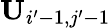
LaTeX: \mathbf{U}_{i^{\prime}-1,j^{\prime}-1}